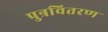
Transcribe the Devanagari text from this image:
पुन्रवितरण